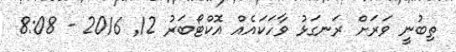
ތިބުނީ ވަރަށް ރަނގަޅު ވާހަކައެއް އޮކްޓޯބަރު 12